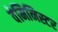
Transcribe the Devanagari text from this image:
वेमिनिस्टर